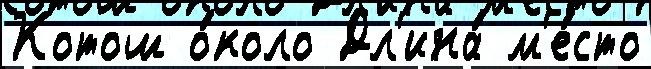
Котош о́коло Дл'ина́ м'е́сто